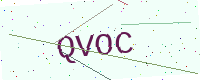
Text: QVOC